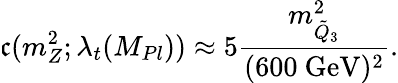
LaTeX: \mathfrak{c}(m_{Z}^{2};\lambda_{t}(M_{Pl}))\approx5\frac{{m_{\tilde{{Q}}_{3}}^{2}}}{{(\mathrm{{600~GeV}})^{2}}}.